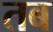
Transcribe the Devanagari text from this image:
तब